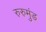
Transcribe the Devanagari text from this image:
रुरुमुंड